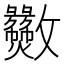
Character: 𫿫